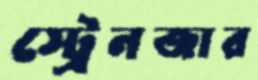
স্ট্রেনজার